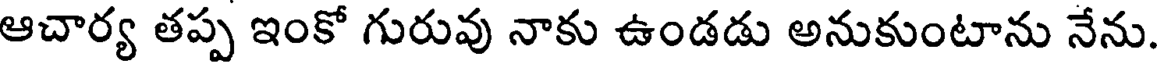
ఆచార్య తప్ప ఇంకో గురువు నాకు ఉండడు అనుకుంటాను నేను